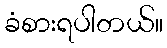
ခံစားရပါတယ်။